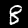
Label: 8